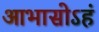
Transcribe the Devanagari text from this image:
आभासोऽहं